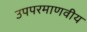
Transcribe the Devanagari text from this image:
उपपरमाणवीय